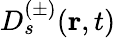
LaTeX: D_{s}^{(\pm)}(\textbf{r},t)